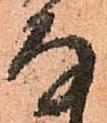
存